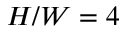
H / W = 4